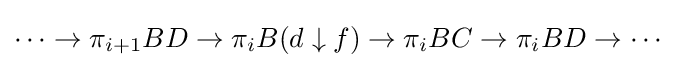
\cdots \to \pi _{i+1}BD\to \pi _{i}B(d\downarrow f)\to \pi _{i}BC\to \pi _{i}BD\to \cdots